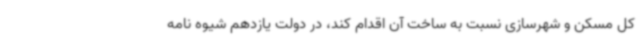
کل مسکن و شهرسازی نسبت به ساخت آن اقدام کند، در دولت یازدهم شیوه نامه